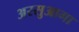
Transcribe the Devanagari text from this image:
अरसुआगा